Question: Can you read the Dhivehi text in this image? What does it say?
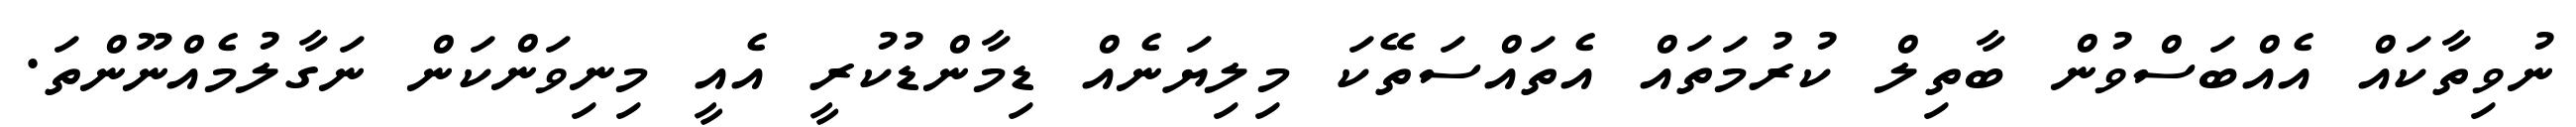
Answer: ނުވިތާކައް އެއްބަސްވުން ބާތިލް ކުރުމަތައް އެތައްސަތޭކަ މިލިޔަނެއް ޑިމާންޑުކުރީ އެއީ މިނިވަންކަން ނަގާލުމެއްނޫންތަ.